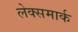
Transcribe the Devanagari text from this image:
लेक्समार्क